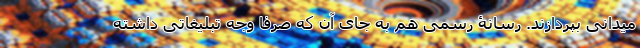
میدانی بپردازند. رسانۀ رسمی هم به جای آن که صرفا وجه تبلیغاتی داشته